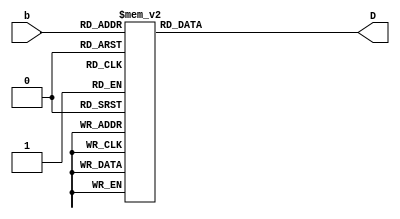
`timescale 1ns / 1ps
//////////////////////////////////////////////////////////////////////////////////
// Company: 
// Engineer: 
// 
// Design Name: 
// Module Name: display
// Project Name: 
// Target Devices: 
// Tool Versions: 
// Description: 
// 
// Dependencies: 
// 
// Revision:
// Revision 0.01 - File Created
// Additional Comments:
// 
//////////////////////////////////////////////////////////////////////////////////


`define D_0 8'b00000011
`define D_1 8'b10011111
`define D_2 8'b00100101
`define D_3 8'b00001101
`define D_4 8'b10011001
`define D_5 8'b01001001
`define D_6 8'b01000001
`define D_7 8'b00011111
`define D_8 8'b00000001
`define D_9 8'b00001001
`define D_a 8'b00010001
`define D_b 8'b11000001
`define D_c 8'b01100011
`define D_d 8'b10000101
`define D_e 8'b01100001
`define D_f 8'b01110001

module display(b,D);
input [3:0]b;
output [7:0]D;
reg [7:0]D;

always@*
 case(b)
    4'd0 : D = `D_0;
    4'd1 : D = `D_1;
    4'd2 : D = `D_2;
    4'd3 : D = `D_3;
    4'd4 : D = `D_4;
    4'd5 : D = `D_5;
    4'd6 : D = `D_6;
    4'd7 : D = `D_7;
    4'd8 : D = `D_8;
    4'd9 : D = `D_9;
    4'd10 : D = `D_a;
    4'd11 : D = `D_b;
    4'd12 : D = `D_c;
    4'd13 : D = `D_d;
    4'd14 : D = `D_e;
    4'd15 : D = `D_f;
default : D = 8'b00000000;
endcase

endmodule